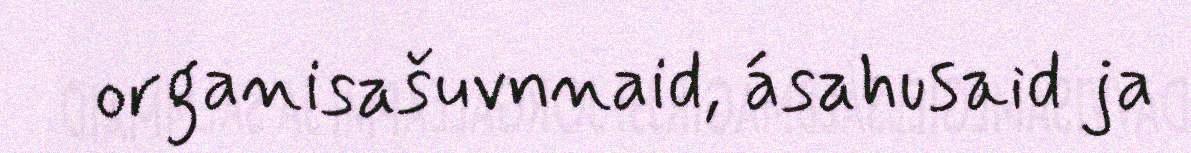
organisašuvnnaid, ásahusaid ja